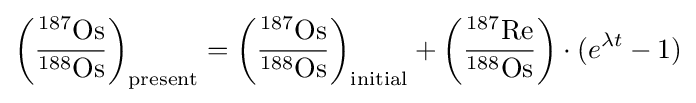
\left({\frac {{}^{187}\mathrm {Os} }{{}^{188}\mathrm {Os} }}\right)_{\mathrm {present} }=\left({\frac {{}^{187}\mathrm {Os} }{{}^{188}\mathrm {Os} }}\right)_{\mathrm {initial} }+\left({\frac {{}^{187}\mathrm {Re} }{{}^{188}\mathrm {Os} }}\right)\cdot (e^{\lambda t}-1)